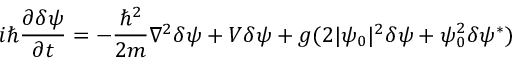
i \hbar { \frac { \partial \delta \psi } { \partial t } } = - { \frac { \hbar ^ { 2 } } { 2 m } } \nabla ^ { 2 } \delta \psi + V \delta \psi + g ( 2 | \psi _ { 0 } | ^ { 2 } \delta \psi + \psi _ { 0 } ^ { 2 } \delta \psi ^ { * } )